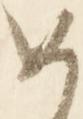
め